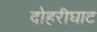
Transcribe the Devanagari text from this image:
दोहरीघाट